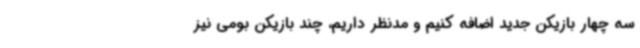
سه چهار بازیکن جدید اضافه کنیم و مدنظر داریم، چند بازیکن بومی نیز